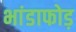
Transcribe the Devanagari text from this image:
भांडाफोड़